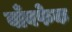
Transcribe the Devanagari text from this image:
बाँबफेक